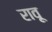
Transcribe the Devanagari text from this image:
रावू